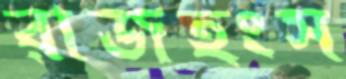
রাজহংস